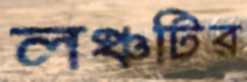
লঞ্চটির